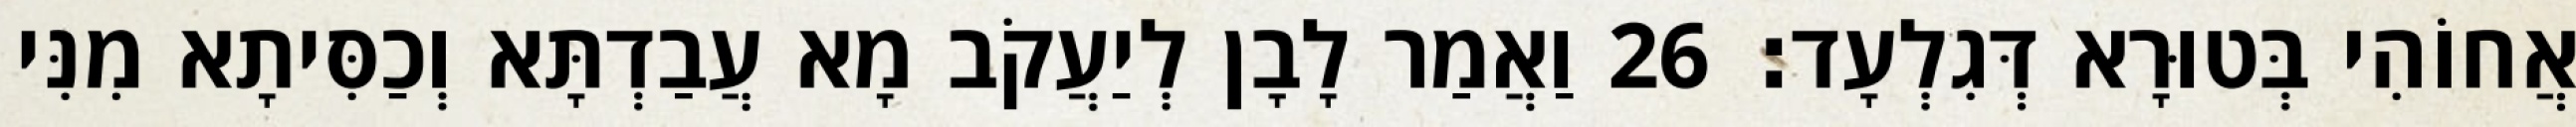
אֲחוֹהִי בְּטוּרָא דְּגִלְעָד׃ 26 וַאֲמַר לָבָן לְיַעֲקֹב מָא עֲבַדְתָּא וְכַסִּיתָא מִנִּי